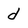
Character: d